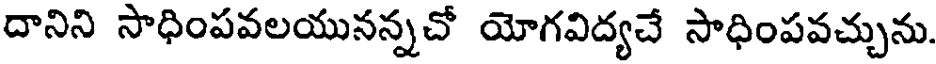
దానిని సాధింపవలయునన్నచో యోగవిద్యచే సాధింపవచ్చును.